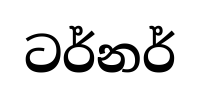
ටර්නර්